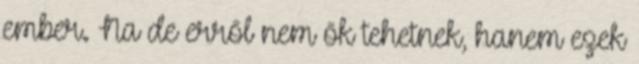
ember. Na de erről nem ők tehetnek, hanem ezek